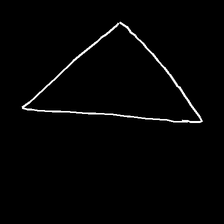
Glyph: convergence